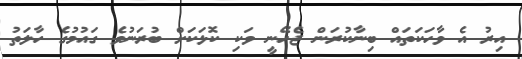
އިރު އެ ވާހަކަތައް ބިނާކުރަން ޖެހޭނީ ވަކި ކޮޅަކަށް ބުރަނުވެ ގައުމުގެ ހާލަތު